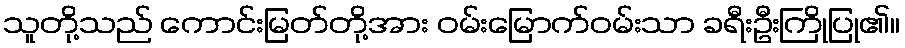
သူတို့သည် ကောင်းမြတ်တို့အား ဝမ်းမြောက်ဝမ်းသာ ခရီးဦးကြိုပြု၏။